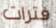
فترات